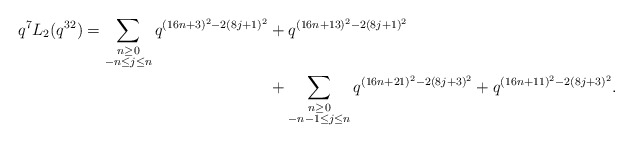
\begin{align*} \begin{aligned}q^{7} L_{2}(q^{32}) = \sum_{\substack{n \geq 0 \\ -n \leq j \leq n}} q^{(16n+3)^2 - 2(8j+1)^2} & + q^{(16n+13)^2 - 2(8j+1)^2} \\& + \sum_{\substack{n \geq 0 \\ -n-1 \leq j \leq n}} q^{(16n+21)^2 - 2(8j+3)^2} + q^{(16n+11)^2 - 2(8j+3)^2}.\end{aligned}\end{align*}